Juri_Uluots, lk 65
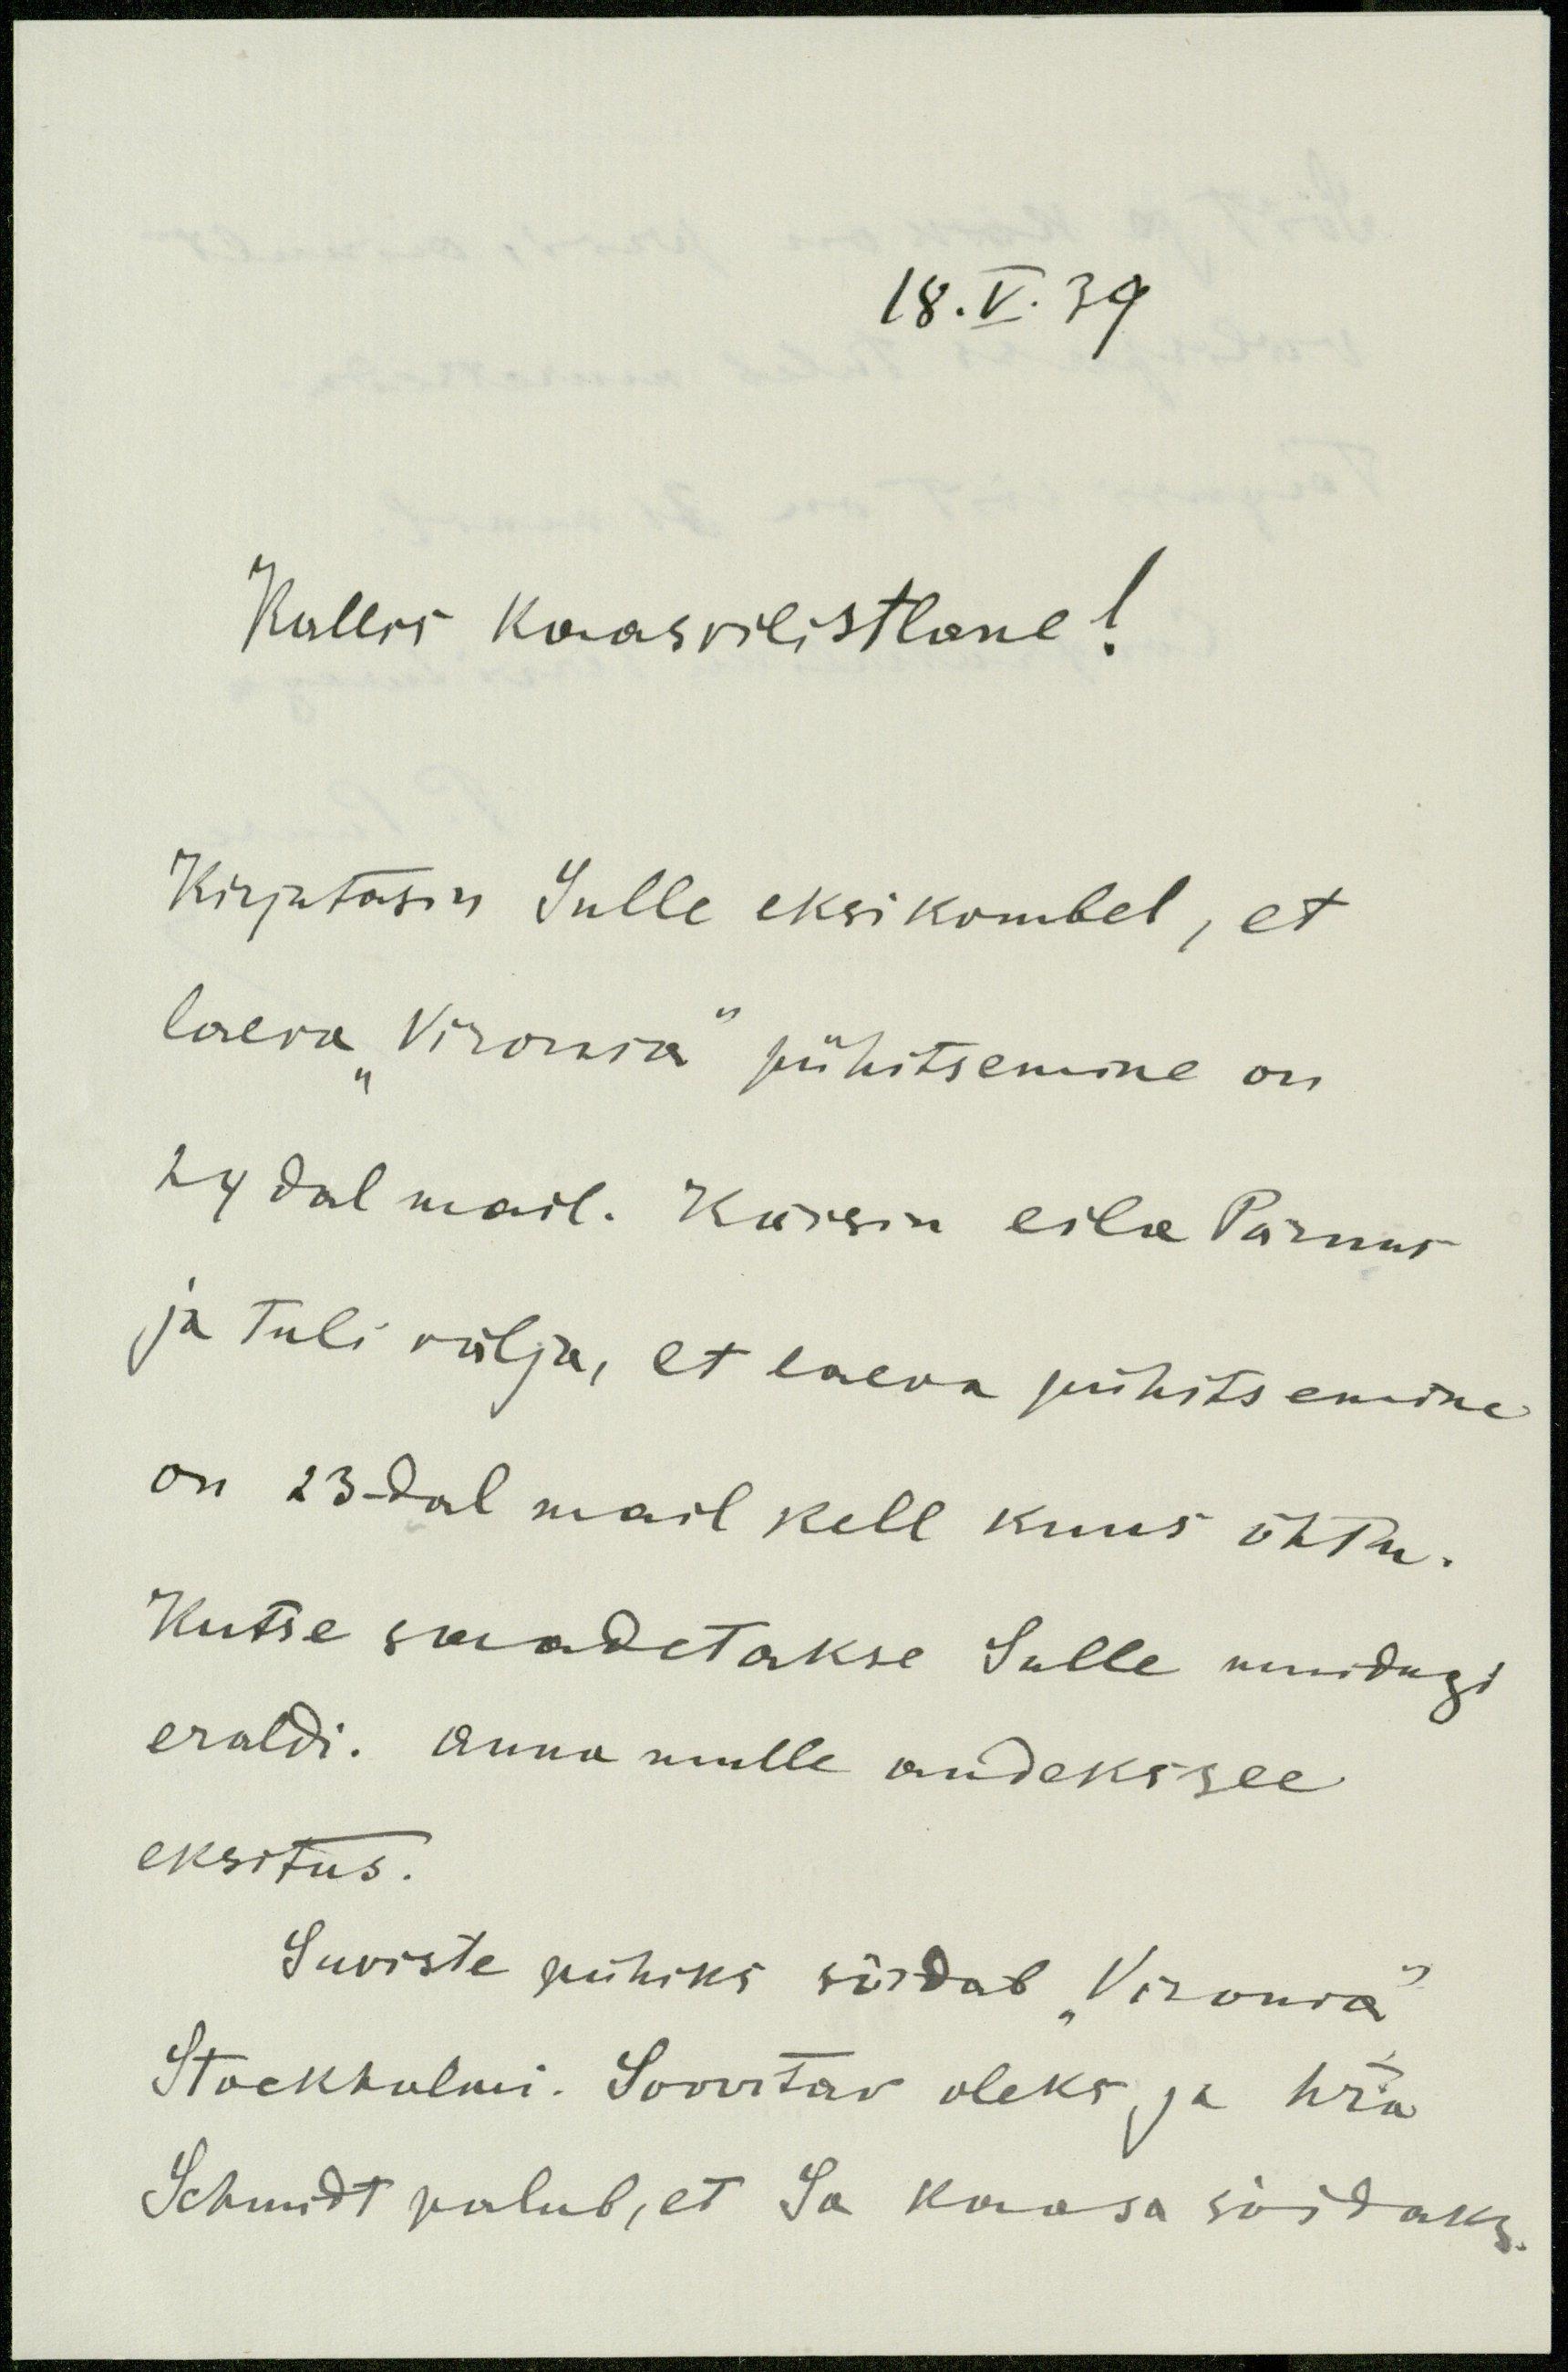
18.V.39.
Kallis kaasvilistlane!
Kirjutasin Sulle eksikombel, et
laeva "Vironia" pühitsemine on
24 dal mail. Käisin eila Pärnus
ja tuli välja, et laeva pühitsemine
on 23-dal mail kell kuus õhtu.
Kutse saadetakse Sulle muidugi
eraldi. Anna mulle andeks see
eksitus.
Suviste pühiks sõidab "Vironia"
Stockholmi. Soovitav oleks ja hra
Schmidt palub, et Sa kaasa sõidaks.